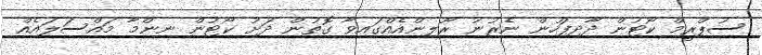
ސުޕްރީމް ކޯޓުން ދާދިފަހުން ނެރުނު ރޫލިންއެއްގައިވާ ގޮތުން ދަށު ކޯޓުން ނިންމާ މައްސަލައެއް